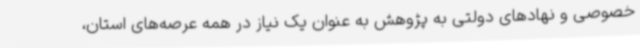
خصوصی و نهادهای دولتی به پژوهش به عنوان یک نیاز در همه عرصه‌های استان،